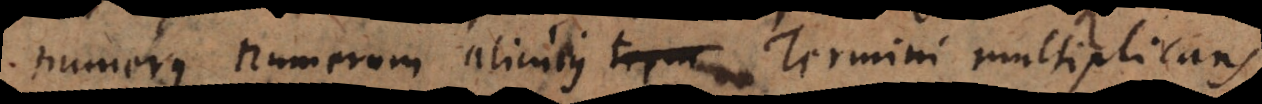
numerus numerum alicujus Termini multiplicans